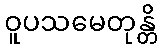
ဝူပသမေတုန္တိ